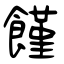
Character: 饉